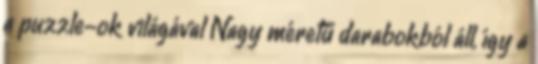
a puzzle-ok világával Nagy méretű darabokból áll, így a